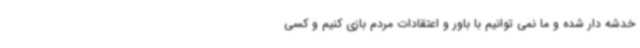
خدشه دار شده و ما نمی توانیم با باور و اعتقادات مردم بازی کنیم و کسی